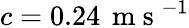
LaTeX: c=0.24\, \mathrm{~m~s~}^{-1}